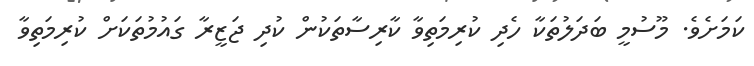
ކަމަށެވެ. މޫސުމީ ބަދަލުތަކާ ހެދި ކުރިމަތިވާ ކާރިސާތަކުން ކުދި ޖަޒީރާ ގައުމުތަކަށް ކުރިމަތިވާ